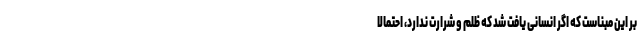
بر این مبناست که اگر انسانی یافت شد که ظلم و شرارت ندارد، احتمالا